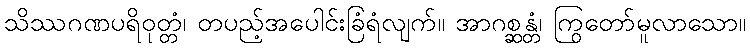
သိဿဂဏပရိဝုတ္တံ၊ တပည့်အပေါင်းခြံရံလျက်။ အာဂစ္ဆန္တံ၊ ကြွတော်မူလာသော။